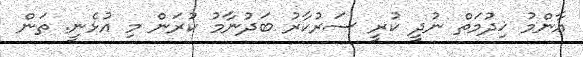
އާންމު ޚިދުމަތް ނުދީ ކުރީ ސަރުކާރު ބަދުނާމު ކުރަން މި އުޅެނީ. ތަން